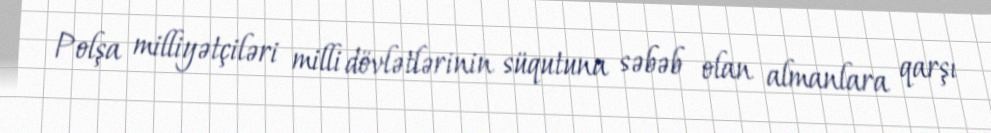
Polşa milliyətçiləri milli dövlətlərinin süqutuna səbəb olan almanlara qarşı